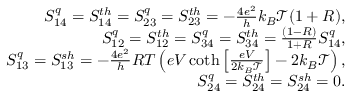
\begin{array} { r } { S _ { 1 4 } ^ { q } = { S _ { 1 4 } ^ { t h } } = S _ { 2 3 } ^ { q } = { S _ { 2 3 } ^ { t h } } = - \frac { 4 e ^ { 2 } } { h } k _ { B } \mathcal { T } ( 1 + R ) , } \\ { S _ { 1 2 } ^ { q } = { S _ { 1 2 } ^ { t h } } = S _ { 3 4 } ^ { q } = { S _ { 3 4 } ^ { t h } } = \frac { ( 1 - R ) } { 1 + R } S _ { 1 4 } ^ { q } , } \\ { S _ { 1 3 } ^ { q } = { S _ { 1 3 } ^ { s h } } = - \frac { 4 e ^ { 2 } } { h } R T \left( e V \coth \left[ \frac { e V } { 2 k _ { B } \mathcal { T } } \right] - 2 k _ { B } \mathcal { T } \right) , } \\ { { S _ { 2 4 } ^ { q } = S _ { 2 4 } ^ { t h } = S _ { 2 4 } ^ { s h } = 0 . } } \end{array}